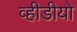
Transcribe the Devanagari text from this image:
व्हीडीयो